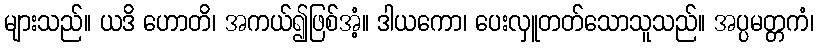
များသည်။ ယဒိ ဟောတိ၊ အကယ်၍ဖြစ်အံ့။ ဒါယကော၊ ပေးလှူတတ်သောသူသည်။ အပ္ပမတ္တကံ၊